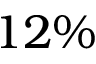
1 2 \%